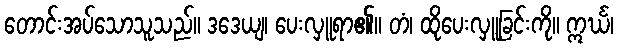
တောင်းအပ်သောသူသည်။ ဒဒေယျ၊ ပေးလှူရာ၏။ တံ၊ ထိုပေးလှူခြင်းကို။ ဣင်္ဃ၊